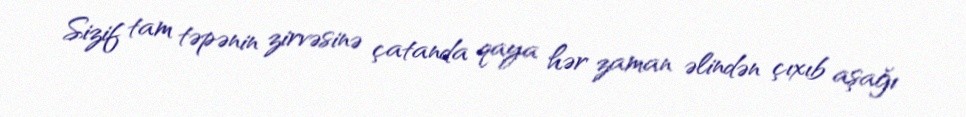
Sizif tam təpənin zirvəsinə çatanda qaya hər zaman əlindən çıxıb aşağı